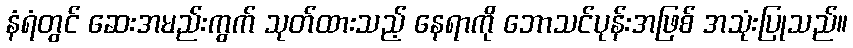
နံရံတွင် ဆေးအမည်းကွက် သုတ်ထားသည့် နေရာကို ဘောသင်ပုန်းအဖြစ် အသုံးပြုသည်။